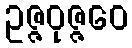
ဥဇ္ဇဝုဇ္ဇဝေ